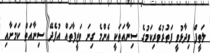
ލަތީފް ވިދާޅުވީ ފަތުރުވެރިކަމުގެ ސިނާއަތަކީ އެންމެ ގިނަ ވަޒީފާތައް އުފެދޭ ސިނާއަތް ކަމަށާއި